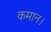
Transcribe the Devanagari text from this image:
कमान।